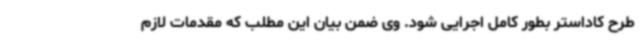
طرح کاداستر بطور کامل اجرایی شود. وی ضمن بیان این مطلب که مقدمات لازم